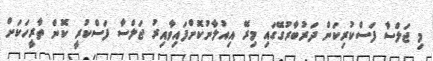
މި ޖަލްސާ ފަސްކުރިކަން ދަރުބާރުގޭގައި މިރޭ އިއުލާނުކޮށްފައިވާއިރު ޖަލްސާ ފަސްކުރީ ކޮން ތާރީހަކަށް